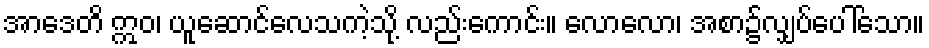
အာဒေတိ ဣဝ၊ ယူဆောင်လေသကဲ့သို့ လည်းကောင်း။ လောလော၊ အစာ၌လျှပ်ပေါ်သော။